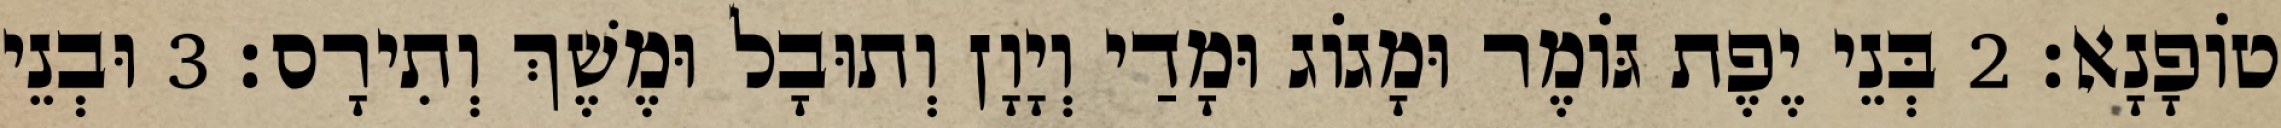
טוֹפָנָא׃ 2 בְּנֵי יֶפֶת גּוֹמֶר וּמָגוֹג וּמָדַי וְיָוָן וְתוּבָל וּמֶשֶׁךְ וְתִירָס׃ 3 וּבְנֵי